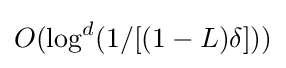
O(\log ^{d}(1/[(1-L)\delta ]))